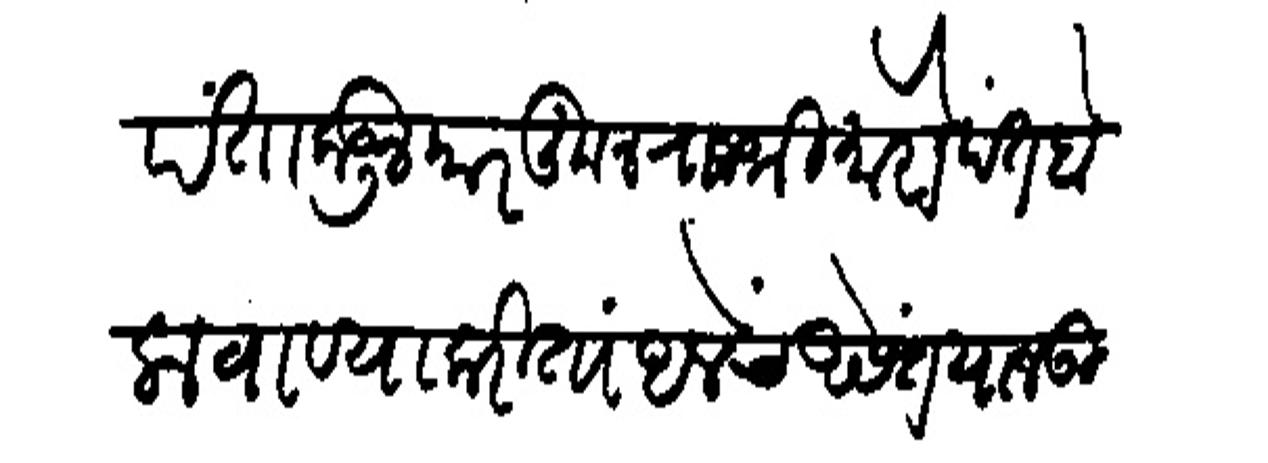
Transliteration (Devanagari): पंताकडून कारकून राजश्री मोरोपंत बोलाबाण्याकरितां अलेंच असेंत याजउ